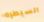
السيطره